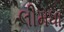
લીમધા